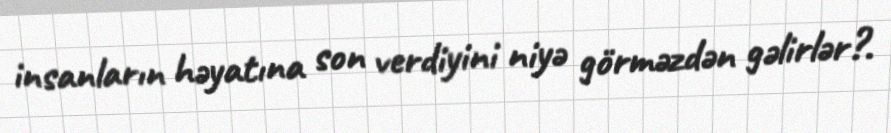
insanların həyatına son verdiyini niyə görməzdən gəlirlər?.